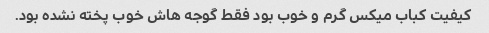
کیفیت کباب میکس گرم و خوب بود فقط گوجه هاش خوب پخته نشده بود.